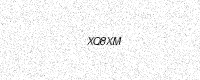
Text: XQ8XM